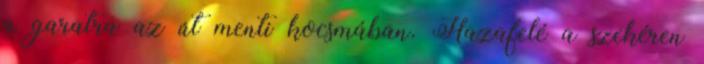
a garatra az út menti kocsmában. Hazafelé a szekéren